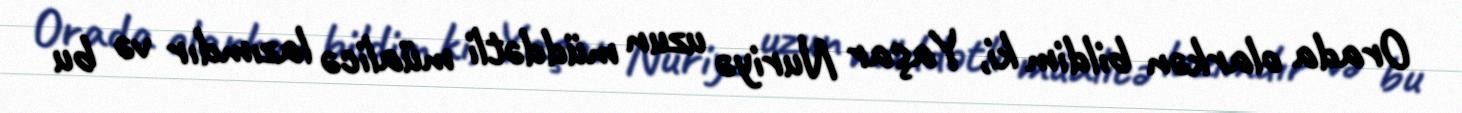
Orada olarkən bildim ki, Yaşar Nuriyə uzun müddətli müalicə lazımdır və bu